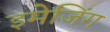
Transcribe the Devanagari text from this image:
इमेजिंग